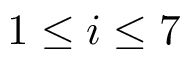
1 \leq i \leq 7